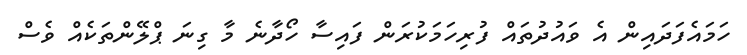
ހަމައެފަދައިން އެ ވައުދުތައް ފުރިހަމަކުރަން ފައިސާ ހޯދާނެ މާ ގިނަ ޕްލޭންތަކެއް ވެސް